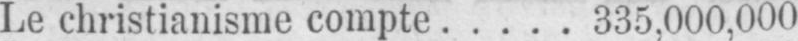
Le christianisme compte ..... 335.000,000